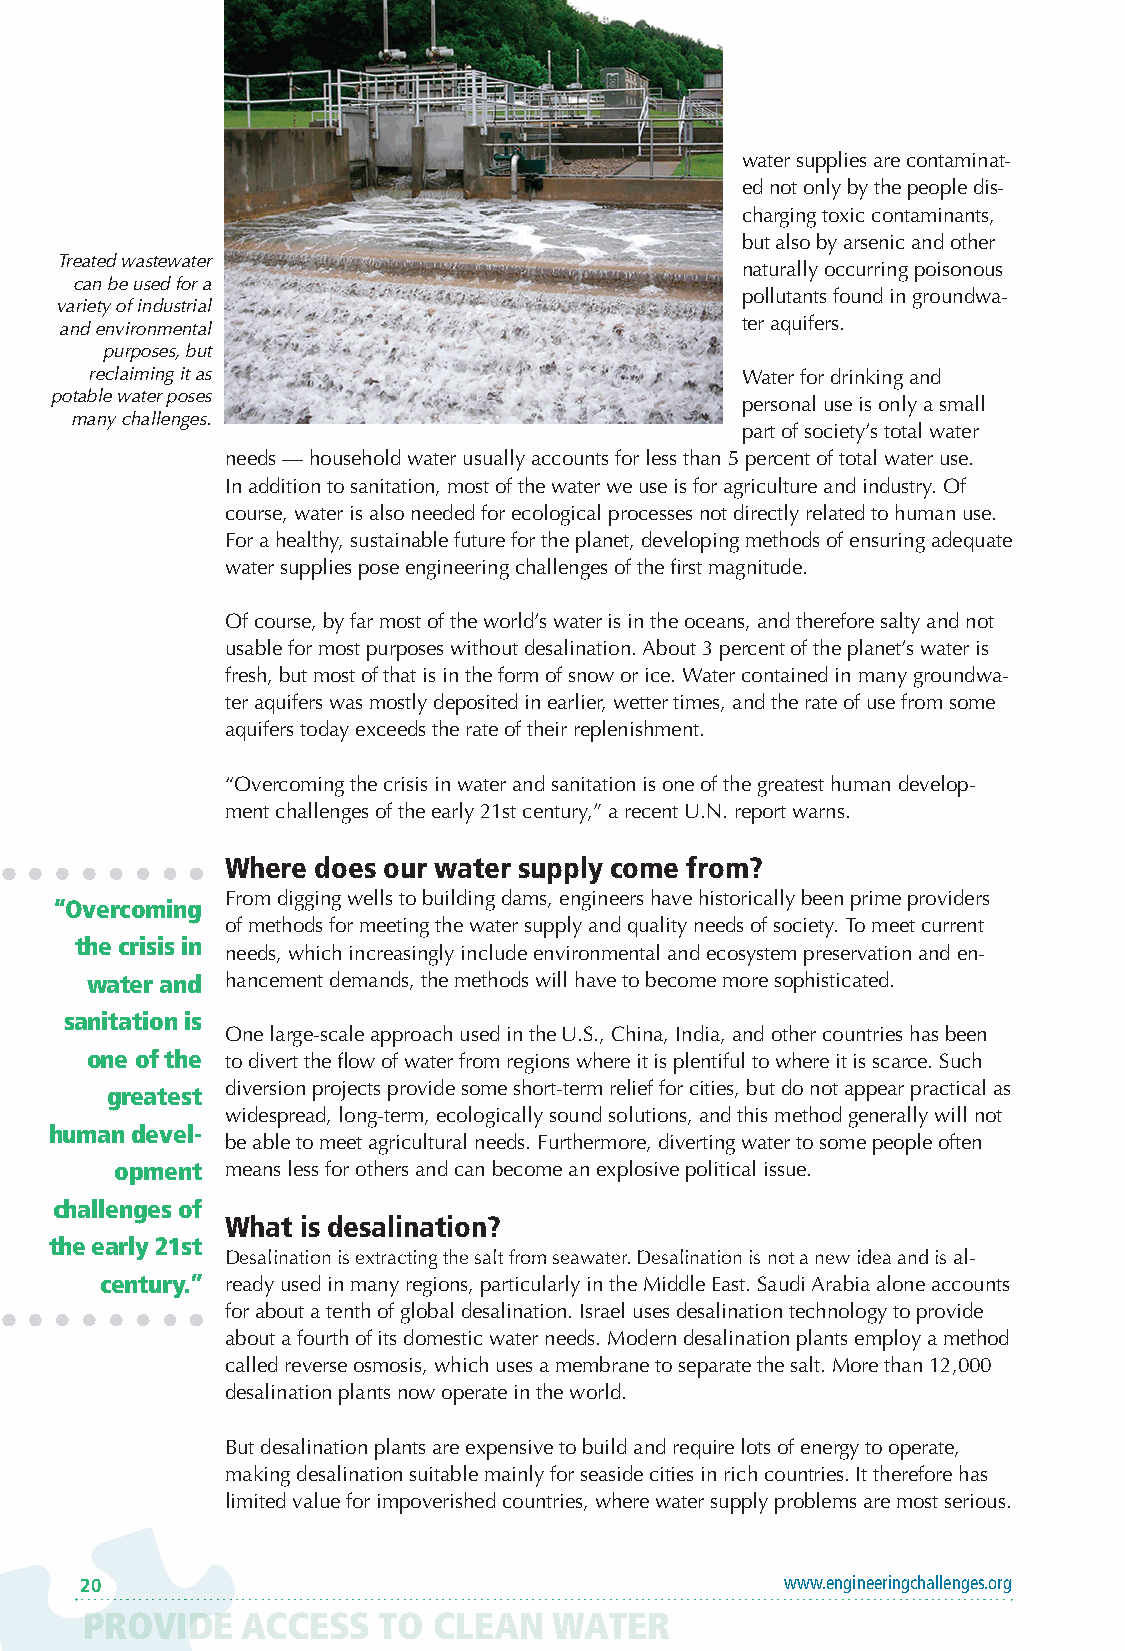
water supplies are contaminat-
 ed not only by the people dis-
 charging toxic contaminants,
 but also by arsenic and other
 Treated wastewater
 naturally occurring poisonous
 can be used for a
 pollutants found in groundwa-
 variety of industrial
 ter aquifers.
 and environmental
 purposes, but
 reclaiming it as                           Water for drinking and
 potable water poses
 personal use is only a small
 many challenges.
 part of society’s total water
 needs — household water usually accounts for less than 5 percent of total water use.
 In addition to sanitation, most of the water we use is for agriculture and industry. Of
 course, water is also needed for ecological processes not directly related to human use.
 For a healthy, sustainable future for the planet, developing methods of ensuring adequate
 water supplies pose engineering challenges of the first magnitude.
 Of course, by far most of the world’s water is in the oceans, and therefore salty and not
 usable for most purposes without desalination. About 3 percent of the planet’s water is
 fresh, but most of that is in the form of snow or ice. Water contained in many groundwa-
 ter aquifers was mostly deposited in earlier, wetter times, and the rate of use from some
 aquifers today exceeds the rate of their replenishment.
 “Overcoming the crisis in water and sanitation is one of the greatest human develop-
 ment challenges of the early 21st century,” a recent U.N. report warns.
 Where does our water supply come from?
 From digging wells to building dams, engineers have historically been prime providers
 “Overcoming
 of methods for meeting the water supply and quality needs of society. To meet current
 the crisis in
 needs, which increasingly include environmental and ecosystem preservation and en-
 water and hancement demands, the methods will have to become more sophisticated.
 sanitation is
 One large-scale approach used in the U.S., China, India, and other countries has been
 one of the to divert the flow of water from regions where it is plentiful to where it is scarce. Such
 diversion projects provide some short-term relief for cities, but do not appear practical as
 greatest
 widespread, long-term, ecologically sound solutions, and this method generally will not
 human devel-
 be able to meet agricultural needs. Furthermore, diverting water to some people often
 opment means less for others and can become an explosive political issue.
 challenges of
 What is desalination?
 the early 21st
 Desalination is extracting the salt from seawater. Desalination is not a new idea and is al-
 century.” ready used in many regions, particularly in the Middle East. Saudi Arabia alone accounts
 for about a tenth of global desalination. Israel uses desalination technology to provide
 about a fourth of its domestic water needs. Modern desalination plants employ a method
 called reverse osmosis, which uses a membrane to separate the salt. More than 12,000
 desalination plants now operate in the world.
 But desalination plants are expensive to build and require lots of energy to operate,
 making desalination suitable mainly for seaside cities in rich countries. It therefore has
 limited value for impoverished countries, where water supply problems are most serious.
 20                                             www.engineeringchallenges.org
 PROVIDE   ACCESS   TO  CLEAN   WATER